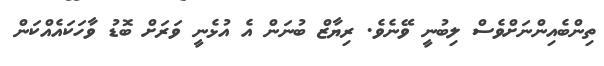
ތިންބެއިންނަށްވެސް ލިބުނީ ވޭނެވެ. ރިޔާޒް ބުނަން އެ އުޅެނީ ވަރަށް ބޮޑު ވާހަކައެއްކަން